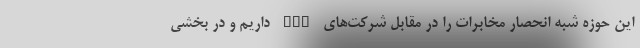
این حوزه شبه انحصار مخابرات را در مقابل شرکت‌های FCP داریم و در بخشی